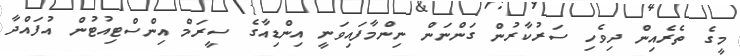
މީގެ ތެރެއިން ދިވެހި ސަރުކާރުން ގަންނަން ނިންމާފައިވަނީ އިންޑިއާގެ ސީރަމް އިންސްޓިއުޓުން އުފައްދާ